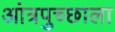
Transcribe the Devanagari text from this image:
आंत्रपुच्छाला